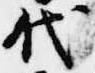
代